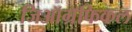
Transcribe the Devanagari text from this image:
जिऑग्रॅफिकल